Report on sanitation, dispensaries, and jails in Rajputana for 1913, and on vaccination for the year 1913-1914 - 1913-1914
Year: 1913
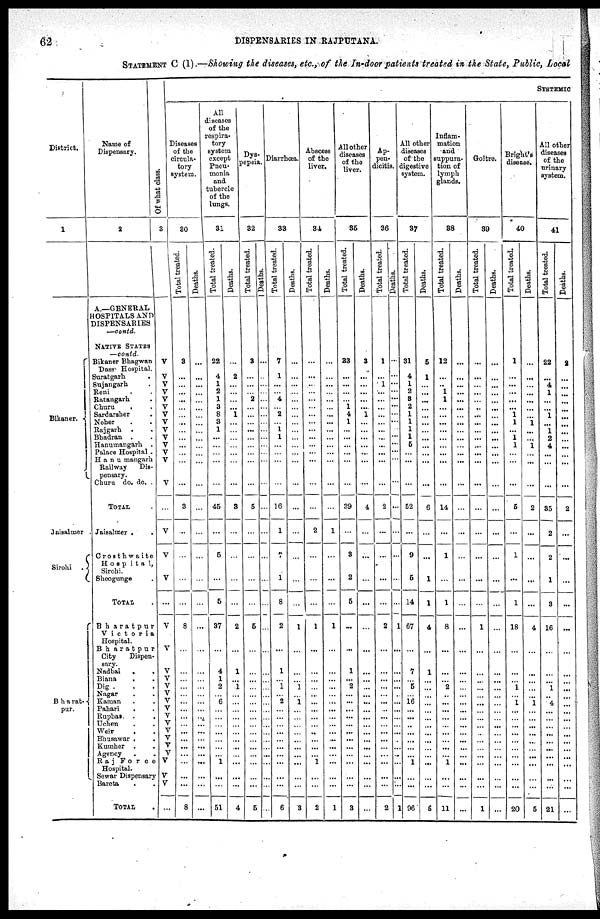
62
DISPENSARIES IN RAJPUTANA.
STATEMENT C (1).—Showing the diseases, etc., of the In-door patients treated in the State, Public, Local
District.
1
Bikaner.
Jaisalmer
Sirohi .
B h a rat¬
pur.
Name of
Dispensary.
2
A.—GENERAL
HOSPITALS AND
DISPENSARIES
—contd.
NATIVE STATES
—contd.
Bikaner Bhagwan
Dass Hospital
Suratgarh .
Sujangarh .
Reni . .
Ratangarh .
Churu . .
Sardarsher .
Noher . .
Rajgarh . .
Bhadran . .
Hanumangarh .
Palace Hospital .
H a n u mangarh
Railway Dis¬
pensary.
Churu do. do. .
TOTAL .
Jaisalmer . .
Crosthwaile
H o s p i t a 1
Sirohi.
Sheogunge .
TOTAL .
Bharatpur
V i c t o r i a
Hospital.
Bharatpur
City Dispen¬
sary.
Nadbai
. .
Biana
. .
Dig . . .
Nagar . .
Kaman . .
Pahari
. .
Rupbas. . .
Uchen . .
Weir . .
Bhusawar . .
Kumher . .
Agency . .
Raj Force
Hospital.
Sewar Dispensary
Bareta . .
TOTAL .
Of what class.
3
V
V
V
V
V
V
V
V
V
V
V
V
V
V
...
V
V
V
...
V
V
V
V
V
V V
V
V
V
V
V
V
V
V
V
V
...
SYSTEMIC
Diseases
of the
circula¬
tory
system.
30
Total treated.
3
...
...
...
...
...
...
...
...
... ...
...
...
...
3
...
...
...
...
8
...
...
...
...
... ...
... ...
... ...
...
...
...
...
...
...
8
Deaths.
...
...
...
...
...
...
...
...
...
...
...
...
...
...
...
...
...
...
...
...
...
...
...
...
...
...
...
...
... ...
...
...
...
...
...
...
...
All
diseases
of the
respira¬
tory
system
except
Pncu¬
monia
and
tubercle
of the
lungs.
31
Total treated.
22
4
1
2
1
3
8
3
1
...
...
...
...
...
45
...
5
...
5
37
...
4
1
2
... 6
... ...
...
...
...
...
... 1
...
...
51
Deaths.
...
2
...
...
...
... 1
...
...
...
...
...
...
...
3
...
...
...
...
2
...
1
...
1
...
...
... ...
...
...
...
...
...
...
...
...
4
dys¬
pepsia.
32
Tot al treated.
3
...
...
2
...
...
...
...
...
...
...
...
...
5
...
...
...
...
5
...
...
...
...
...
...
...
...
...
...
...
...
5
Deaths.
...
...
...
...
...
...
...
...
...
...
...
...
...
...
...
...
...
...
...
...
...
...
...
...
...
...
...
...
...
...
...
...
...
...
...
...
..
Diarrhœa.
33
Total treated.
7
1
...
...
4
...
2
...
1
1
...
...
...
...
16
1
7
1
8
2
...
1
... 1
... 2
...
...
... ...
...
...
...
...
...
...
6
Deaths.
...
...
...
...
...
...
...
...
...
...
...
...
...
...
...
...
...
...
...
1
...
...
...
1
... 1
...
...
...
...
...
...
...
...
...
...
3
Abscess
of the
liver.
34
Total treated.
...
...
...
...
...
...
...
...
...
...
...
...
...
...
...
2
...
...
...
1
...
...
...
...
...
...
... ...
...
...
...
...
... 1
...
...
2
Deaths.
...
...
...
...
...
...
...
...
...
...
...
...
...
...
...
1
...
...
...
1
...
...
...
...
...
...
...
...
...
...
...
...
...
...
...
...
1
All other
diseases
of the
liver.
35
Total treated.
33
...
...
...
...
1 4
1
...
...
...
...
...
...
39
...
3
2
5
...
...
1
... 2
...
...
... ...
...
...
...
...
...
...
...
...
3
Deaths.
3
...
...
...
...
... 1
...
...
...
...
...
...
...
4
...
...
...
...
...
...
...
...
...
...
...
...
...
...
...
...
...
...
...
...
...
...
Ap¬
pen¬
dicitis.
36
Total treated.
1
...
1
...
...
...
...
...
...
...
...
...
...
...
2
...
...
...
...
2
...
...
...
...
...
...
... ...
... ...
...
...
...
...
...
...
2
Deaths.
...
...
...
...
...
...
...
...
...
...
...
...
...
...
...
...
...
...
1
...
...
...
...
...
...
...
...
...
...
...
..
..
...
...
...
1
All other
diseases
of the
digestive
system.
37
Total treated.
31
4
1
2
3
2
1
1
1
1
5
...
...
...
52
...
9
5
14
67
...
7
... 5
...
16
...
...
...
...
...
...
...
1
...
...
96
Deaths.
65
1
...
...
...
...
...
...
...
...
...
...
...
...
6
...
...
1
1
4
...
1
...
...
...
...
...
...
...
...
...
...
...
...
...
...
5
Inflam-
mation
and
suppura¬
tion of
lymph
glands.
38
Total treated.
12
...
..
1
1
...
...
...
...
...
...
...
...
...
14
...
1
...
1
8
...
...
... 2
...
...
... ...
...
...
...
...
... 1
...
...
11
Deaths.
...
...
...
...
...
...
...
...
...
...
...
...
...
...
...
...
...
...
...
...
...
...
...
...
...
...
...
...
...
...
...
...
...
...
...
...
...
Goitre.
39
Total treated.
...
...
...
...
...
..
...
...
...
...
...
...
...
...
...
...
...
...
...
1
...
...
...
...
...
...
...
...
...
...
...
...
...
...
...
...
1
Deaths.
...
...
...
...
...
...
...
...
...
...
...
...
...
...
...
...
...
...
...
...
...
...
...
...
...
...
...
...
...
...
...
...
...
...
...
...
...
Bright's
disease.
40
Total treated.
1
...
...
...
...
... 1
1
... 1
1
...
...
...
5
...
1
...
1
18
...
...
...
1
... 1
...
...
...
...
...
...
...
...
...
...
20
Deaths.
...
...
...
...
...
...
...
1
...
... 1
...
...
...
2
...
...
...
...
4
...
...
...
...
... 1
...
...
...
...
...
...
...
...
...
...
5
All other
diseases
of the
urinary
system.
41
Total treated.
22
...
4
1
...
... 1
...
1
2
4
...
...
...
35
2
2
1
3
16
...
...
...
1
.. 4
...
...
... ...
...
...
...
...
...
...
21
Deaths.
2
...
...
...
...
...
...
...
...
...
...
...
...
...
2
...
...
...
...
...
...
...
...
...
...
...
...
...
...
...
...
...
...
...
...
...
...